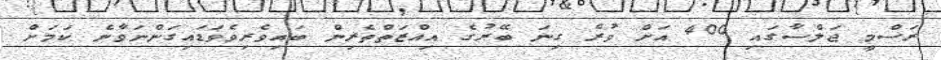
ރަސްމީ ޖަލްސާގައި 400 އަށް ވުރެ ގިނަ ބޭރުގެ އިއްޒަތްތެރިން ބައިވެރިވެވަޑައިގަންނަވާނެ ކަމަށް